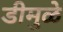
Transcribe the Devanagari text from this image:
डीमुळे